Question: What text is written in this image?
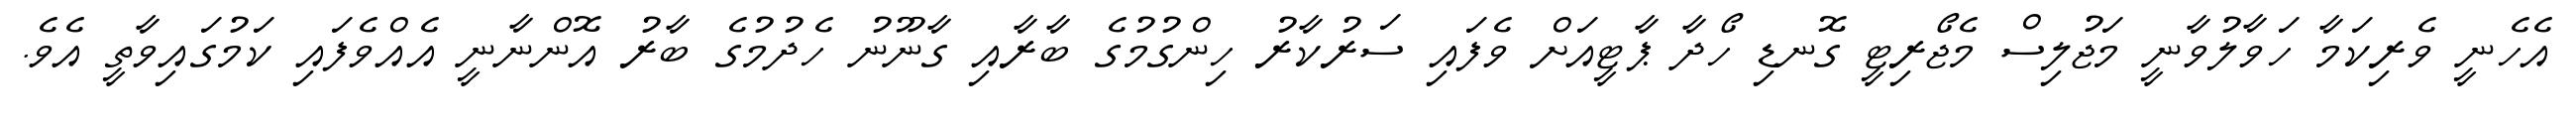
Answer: އެހެނީ ވެރިކަމާ ހަވާލުވާނީ މަޖުލިސް މެޖޯރިޓީ ގޮނޑި ހޯދާ ޕާޓީއަށް ވެފައި ސަރުކާރު ހިންގުމުގެ ބާރާއި ގާނޫނު ހެދުމުގެ ބާރު އޮންނާނީ އެއްވެފައި ކަމުގައިވާތީ އެވެ.